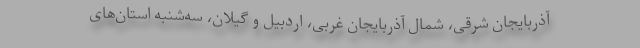
آذربایجان شرقی، شمال آذربایجان غربی، اردبیل و گیلان، سه‌شنبه استان‌های